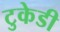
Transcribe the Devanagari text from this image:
टुकेडी